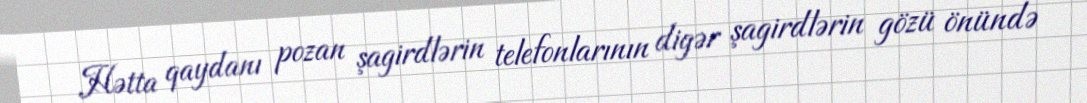
Hətta qaydanı pozan şagirdlərin telefonlarının digər şagirdlərin gözü önündə